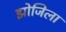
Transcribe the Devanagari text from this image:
झोजिला